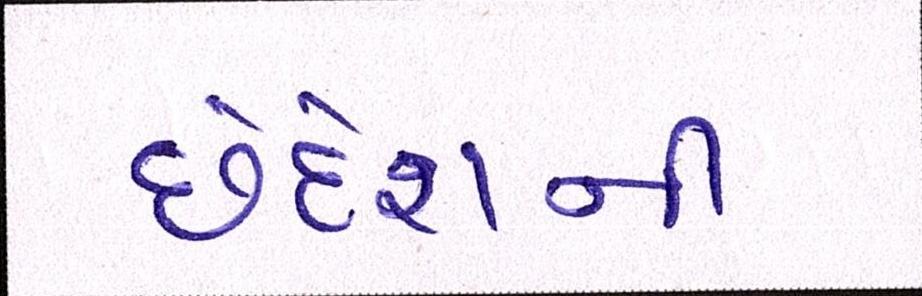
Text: છેદેશની